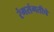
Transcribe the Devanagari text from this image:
रंगसंगतीचे